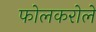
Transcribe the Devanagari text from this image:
फोलकरोले